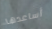
أساعدها